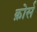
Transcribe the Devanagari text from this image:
क़ोर्स